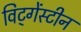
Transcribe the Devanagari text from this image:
विट्गेंस्टीन